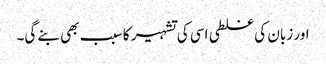
اور زبان کی غلطی اسی کی تشہیر کا سبب بھی بنے گی۔